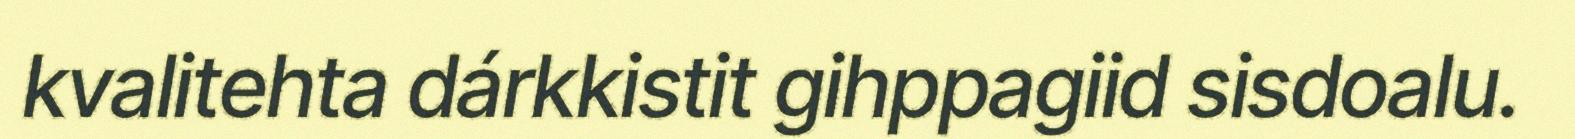
kvalitehta dárkkistit gihppagiid sisdoalu.